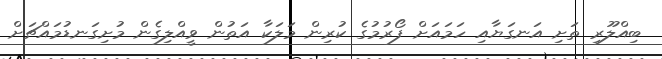
ބިއްލޫރި ތަށި އަނގަޔާއި ހަމައަށް ފޯރުމުގެ ކުރިން މަލަކާ އަތުން ވީއްލިގެން މުށިގަނޑުމައްޗަށް